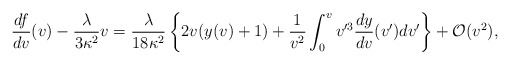
\begin{align*} \frac{df}{dv}(v)-\frac{\lambda}{3\kappa^2}v=\frac{\lambda}{18\kappa^2}\left\{2v(y(v)+1)+\frac{1}{v^2}\int_0^vv'^3\frac{dy}{dv}(v')dv'\right\}+\mathcal{O}(v^2),\end{align*}